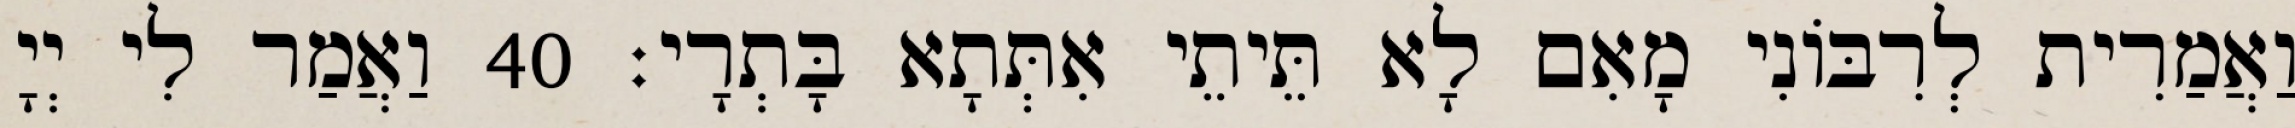
וַאֲמַרִית לְרִבּוֹנִי מָאִם לָא תֵּיתֵי אִתְּתָא בָּתְרָי׃ 40 וַאֲמַר לִי יְיָ